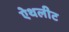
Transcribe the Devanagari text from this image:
ऐथलीट